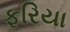
ફરિયા